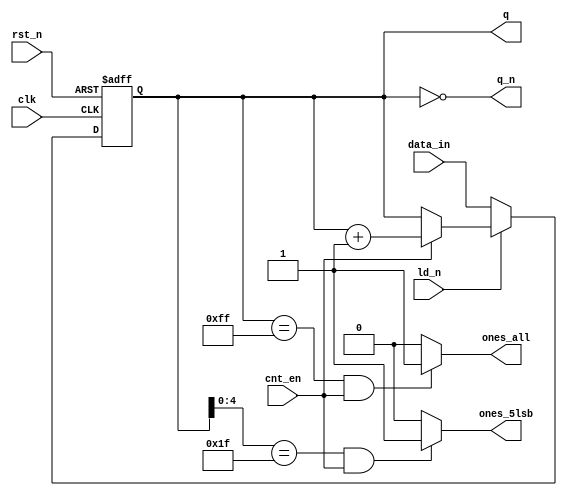
// $Id: DW8051_timer_ctr.v,v 1.1 1996/07/25 17:43:40 gina Exp $
//------------------------------------------------------------------------------
//
//        This confidential and proprietary software may be used only
//     as authorized by a licensing agreement from Synopsys Inc.
//     In the event of publication, the following notice is applicable:
//
//                    (C) COPYRIGHT 1996   SYNOPSYS INC.
//                          ALL RIGHTS RESERVED
//
//        The entire notice above must be reproduced on all authorized
//        copies.
//
//
//
// ABSTRACT: DW8051 timer counter module
//           (up with async reset, count_enable, load and
//           terminal count outputs) (Verilog version)
//
// MODIFICATION HISTORY:
//      L.Rieder        05.06.96        Verilog version with fixed width
//					of 8 created
//	Bala Needamangalam May 20,1998	Changed the structural GTECH based
//					design to the RTL style, using HDL
//					statements.
//                      July 20,1999    Removed all DesignWare-Foundation 
//                                      license checkout commands.
//------------------------------------------------------------------------------


module DW8051_timer_ctr   (q,
                           q_n,
                           ones_all,
                           ones_5lsb,
                           clk,
                           rst_n,
                           ld_n,
                           data_in,
                           cnt_en
			   );
 
parameter width = 8;

 input clk;
 input rst_n;
 input ld_n;
 input [(width-1):0] data_in;
 input cnt_en;
 output [(width-1):0] q;
 output [(width-1):0] q_n;
 output ones_all;
 output ones_5lsb;

//------------------------------------------------------------------------------
wire [(width-1):0] q;
wire [(width-1):0] q_n;
wire ones_all;
wire ones_5lsb;

//--------------
//local signals:
//--------------
wire [(width-1):0] next_state;
reg  [(width-1):0] current_state;
wire [(width-1):0] max_count;
//------------------------------------------------------------------------------

 assign max_count = (1 << width) - 1;

 assign next_state = (ld_n == 0) ? data_in :
		     ((cnt_en == 0) ? current_state : current_state + 1);

 always @(posedge clk or negedge rst_n)
   if (!rst_n)
     current_state <= 0;
   else
     current_state <= next_state;

 assign q = current_state;
 assign q_n = ~current_state;
 assign ones_all = (current_state == max_count && cnt_en == 1) ? 1 : 0;
 assign ones_5lsb = (width < 5) ? 0 :
		    ((current_state[4:0] == 5'h1f && cnt_en == 1) ? 1 : 0);

endmodule